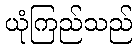
ယုံကြည်သည်